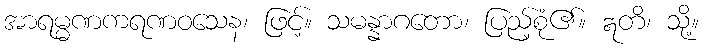
အာရမ္မဏကရဏဝသေန၊ ဖြင့်။ သမန္နာဂတော၊ ပြည့်စုံ၏။ ဣတိ၊ သို့။